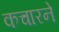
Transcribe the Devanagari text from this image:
कचारने